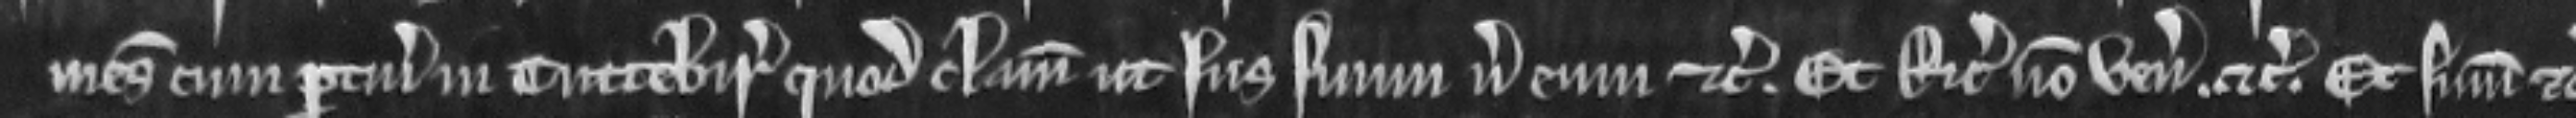
mesuagii cum pertinenciis in Tuttebir quod clamat ut jus suum versus eum etc. Et Ricardus non venit etc. Et summonicio etc.